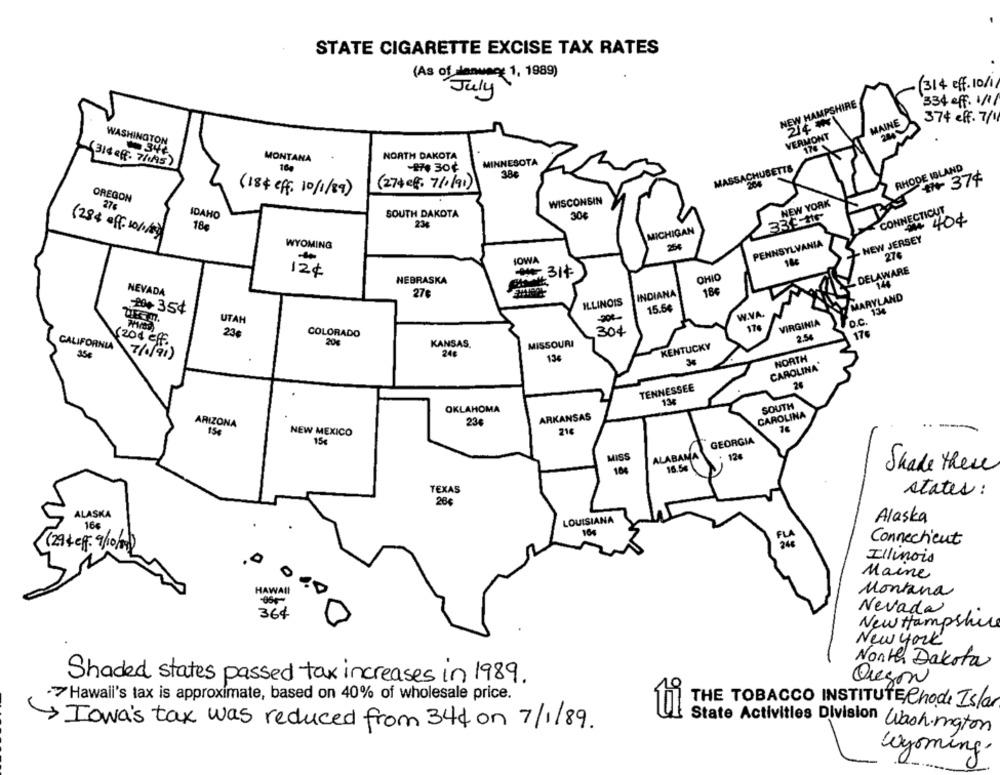
STATE CIGARETTE EXCISE TAX RATES
(As of Hamweet 1, 1989)
(314 eff. 10/1/
334 eff. 1/1/
NEW HAMPSHIRE
214 *
MAINE
374 eff. 7/1
WASHINGTON
VERMONT
176
346
NORTH DAKOTA
(314 off. 7/1/95)
MONTANA
MINNESOTA
16
MASSACHUSETTS
RHODE ISLAND
386
** 37¢
(274 cf: 7/0/91)
204
(184 eff. 10/1/89)
OREGON
WISCONSIN
NEW YORK
27
CONNECTICUT
IDAHO
SOUTH DAKOTA
30€
234
40€
18€
MICHIGAN
(284 off- 101/0)
- NEW JERSEY
WYOMING
PENNSYLVANIA
27¢
IOWA
12€
. DELAWARE
NEBRASKA
1.314
OHI
144
NEVADA
27€
INDIANA
188
MARYLAND
ILLINOIS
:00+ 35¢
15.5€
134
200-
W.VA.
o.C.
UTAH
174
VIRGINIA
23€
COLORADO
304
2.54
17€
(204 ef.
20€
CALIFORNIA
KANSAS.
MISSOURI
KENTUCKY
35€
7/1/91 )
24€
NORTH
13€
CAROLINA
TENNESSEE
24
136
SOUTH
OKLAHOMA
ARKANSAS
CAROLINA
ARIZONA
23€
...
154
NEW MEXICO
216
15€
GEORGIA
ALABAMA
124
16.54
104
Shake there
TEXAS
states:
ALASKA
LOUISIANA
Alaska
16€
Connecticut
(294 eff. 9/10/0)
Illinois
Maine
HAWAII
Montana
364
Nevada
New Hampshire
New york
North Dakota
Shaded states passed tax increases in 1989.
Oregon
·7 Hawaii's tax is approximate, based on 40% of wholesale price.
THE TOBACCO INSTITUTE Chode Isla
Iowa's tax was reduced from 344 on 7/1/89.
State Activities Division Wash-maton
Wyoming.